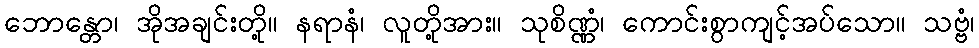
ဘောန္တော၊ အိုအချင်းတို့။ နရာနံ၊ လူတို့အား။ သုစိဏ္ဏံ၊ ကောင်းစွာကျင့်အပ်သော။ သဗ္ဗံ၊